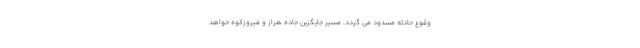
وقوع حادثه مسدود می گردد. مسیر جایگزین جاده هراز و فیروزکوه خواهد